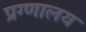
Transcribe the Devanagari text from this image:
प्रग्णालय